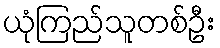
ယုံကြည်သူတစ်ဦး